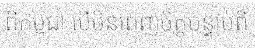
ពីកម្ពុជា បើមិនពេញចិត្តបន្ទាប់ពី